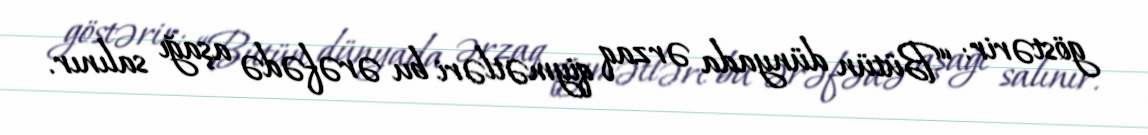
göstərir: “Bütün dünyada ərzaq qiymətləri bu ərəfədə aşağı salınır.